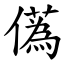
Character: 儰